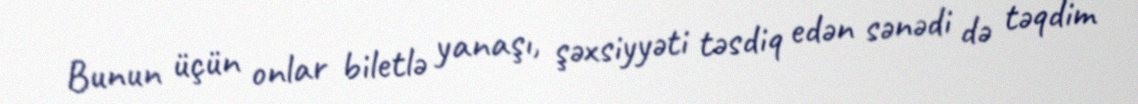
Bunun üçün onlar biletlə yanaşı, şəxsiyyəti təsdiq edən sənədi də təqdim